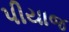
પીયાજ